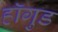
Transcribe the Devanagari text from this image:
हॉगुड